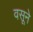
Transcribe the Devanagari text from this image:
वसूने